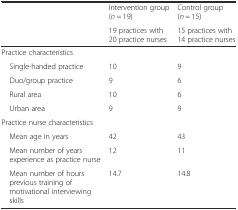
<table><thead><tr><td></td><td><b>Intervention group (<i>n</i> = 19)</b></td><td><b>Control group (<i>n</i> = 15)</b></td></tr><tr><td></td><td><b>19 practices with 20 practice nurses</b></td><td><b>15 practices with 14 practice nurses</b></td></tr></thead><tbody><tr><td>Practice characteristics</td><td></td><td></td></tr><tr><td> Single-handed practice</td><td>10</td><td>9</td></tr><tr><td> Duo/group practice</td><td>9</td><td>6</td></tr><tr><td> Rural area</td><td>10</td><td>6</td></tr><tr><td> Urban area</td><td>9</td><td>9</td></tr><tr><td>Practice nurse characteristics</td><td></td><td></td></tr><tr><td> Mean age in years</td><td>42</td><td>43</td></tr><tr><td> Mean number of years experience as practice nurse</td><td>12</td><td>11</td></tr><tr><td> Mean number of hours previous training of motivational interviewing skills</td><td>14.7</td><td>14.8</td></tr></tbody></table>